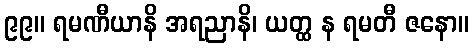
၉၉။ ရမဏီယာနိ အရညာနိ၊ ယတ္ထ န ရမတီ ဇနော။